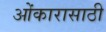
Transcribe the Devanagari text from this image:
ओंकारासाठी